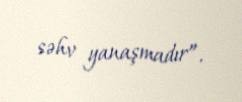
səhv yanaşmadır”.